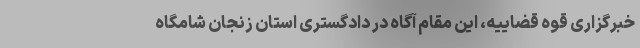
خبرگزاری قوه قضاییه، این مقام آگاه در دادگستری استان زنجان شامگاه